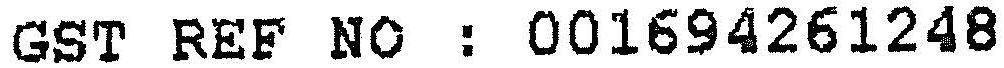
GST REF NO : 001694261248